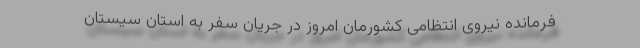
فرمانده نیروی انتظامی کشورمان امروز در جریان سفر به استان سیستان